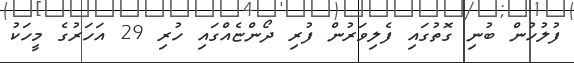
ފުލުހުން ބުނި ގޮތުގައި ފެލިވަރުން ފުރި ދޯންޏެއްގައި ހުރި 29 އަހަރުގެ މީހަކު